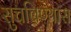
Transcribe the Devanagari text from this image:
सुचविण्यास